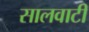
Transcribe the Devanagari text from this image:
सालवाटी